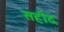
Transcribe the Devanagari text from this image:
सहीद